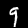
Label: 9